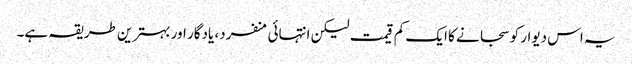
یہ اس دیوار کو سجانے کا ایک کم قیمت لیکن انتہائی منفرد، یادگار اور بہترین طریقہ ہے۔